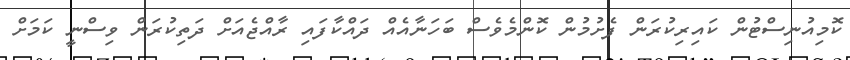
ކޮމިއުނިސްޓުން ކައިރިކުރަން ފެށުމުން ކޮންމެވެސް ބަހަނާއެއް ދައްކާފައި ރާއްޖެއަށް ދަތިކުރަން ވިސްނީ ކަމަށް